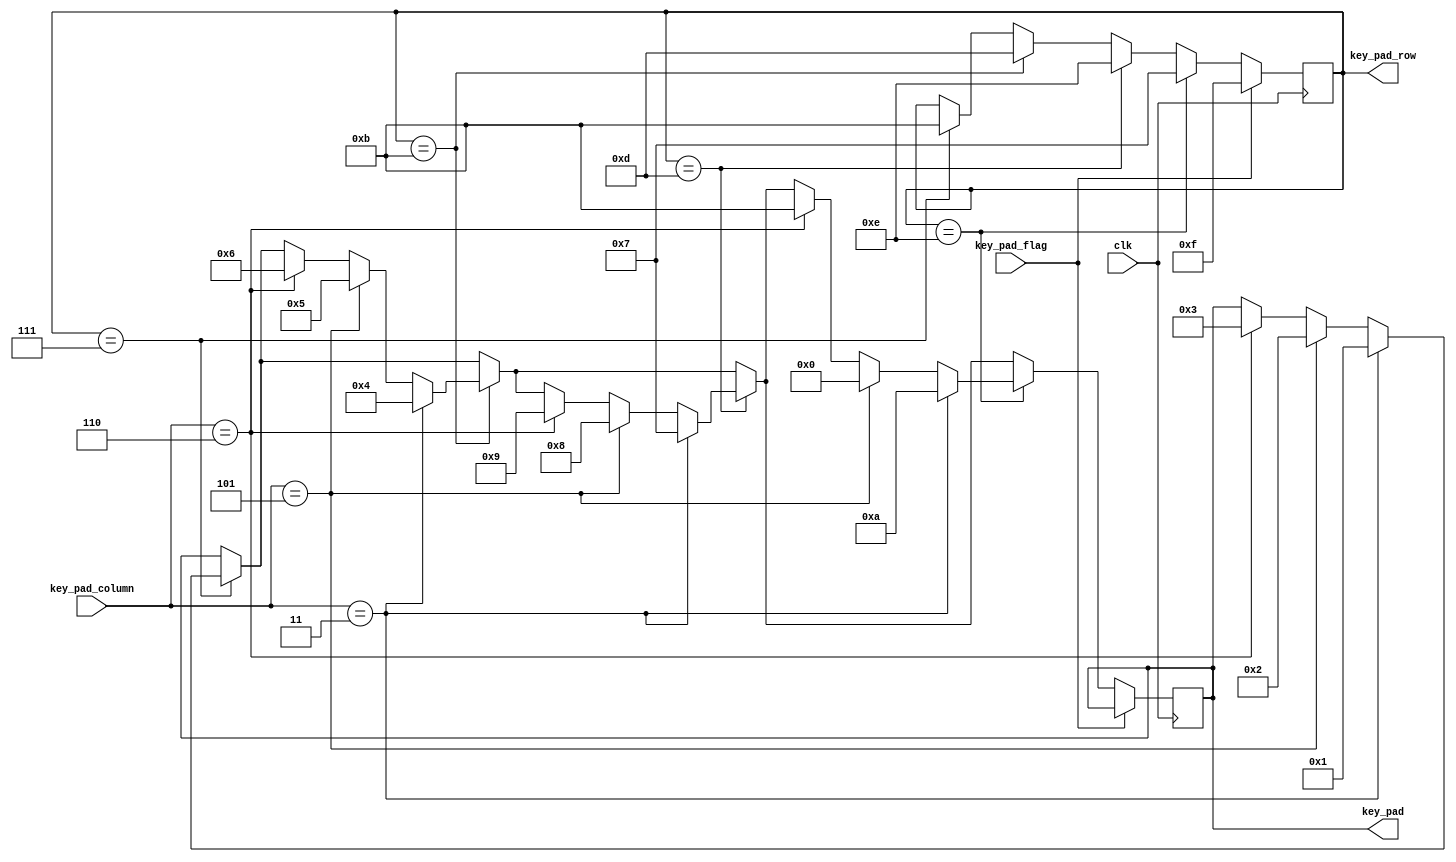
module KEY_PAD(
clk,
key_pad_row,
key_pad_column,
key_pad,
key_pad_flag
);

//////////////key_pad//////////////////

output [3:0] key_pad_row;
input [2:0] key_pad_column;
output [3:0] key_pad;
input key_pad_flag;
input clk;
///////////////DMAX////////////////////
/////////////////////key_pad////////////////////////

reg [3:0] key_pad_row = 4'b0111;
wire [2:0] key_pad_column;
reg [3:0] key_pad =4'b1111;
wire key_pad_flag; //key_pad_flag :1'b1 have input 1'b0 no input


//////////////////////////////////////

always@(posedge clk)
begin
	if(key_pad_flag == 1)
	begin
		key_pad_row <= 4'b1111;
	end
	else if(key_pad_flag == 0)
	begin
		if(key_pad_row == 4'b0111)
			begin
				key_pad_row <= 4'b1011;//y
				if(key_pad_column == 3'b011)
				begin
					key_pad <= 4'b0001;//1
				end
				else if(key_pad_column == 3'b101)
				begin
					key_pad <= 4'b0010;//2
				end
				else if(key_pad_column == 3'b110)
				begin
					key_pad <= 4'b0011;//3
				end
			end
		if(key_pad_row == 4'b1011)
		begin
			key_pad_row <= 4'b1101;//?y
			if(key_pad_column == 3'b011)
			begin
				key_pad <= 4'b0100;//4
			end
			else if(key_pad_column == 3'b101)
			begin
				key_pad <= 4'b0101;//5
			end
			else if(key_pad_column == 3'b110)
			begin
				key_pad <= 4'b0110;//6
			end
		end
		if(key_pad_row == 4'b1101)
		begin
			key_pad_row <= 4'b1110;//y
			if(key_pad_column == 3'b011)
			begin
				key_pad <= 4'b0111;//7
			end
			else if(key_pad_column == 3'b101)
			begin
				key_pad <= 4'b1000;//8
			end
			else if(key_pad_column == 3'b110)
			begin
				key_pad <= 4'b1001;//9
			end
		end 
	
		if(key_pad_row == 4'b1110)
		begin
			key_pad_row <= 4'b0111;//y
			if(key_pad_column == 3'b011)
			begin
				key_pad <= 4'b1010;//*  (a)
			end
			else if(key_pad_column == 3'b101)
			begin
				key_pad <= 4'b0000;//0
			end
			else if(key_pad_column == 3'b110)
			begin
				key_pad <= 4'b1011;//#  (b)
			end
		end  
	end	 
end
	  

endmodule